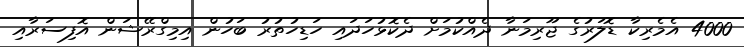
4000 އެމެރިކާ ޑޮލަރުގެ ޖޫރިމަނާ ދެއްކުމަށް ދެކޮޅުހަދައި ހަޑިހުތުރު ބަހުން އިމިގްރޭޝަން އޮފިސަރާއި